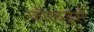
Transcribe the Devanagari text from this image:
फ़ॉरवर्ड्स